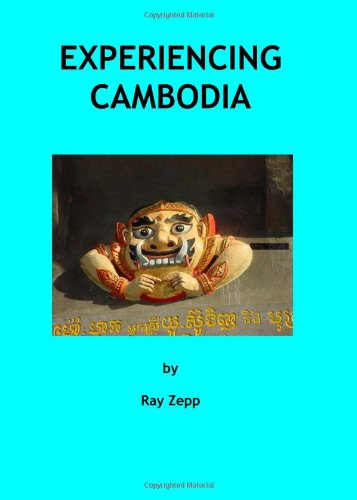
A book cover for Experiencing Cambodia; Ray Zepp; Travel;